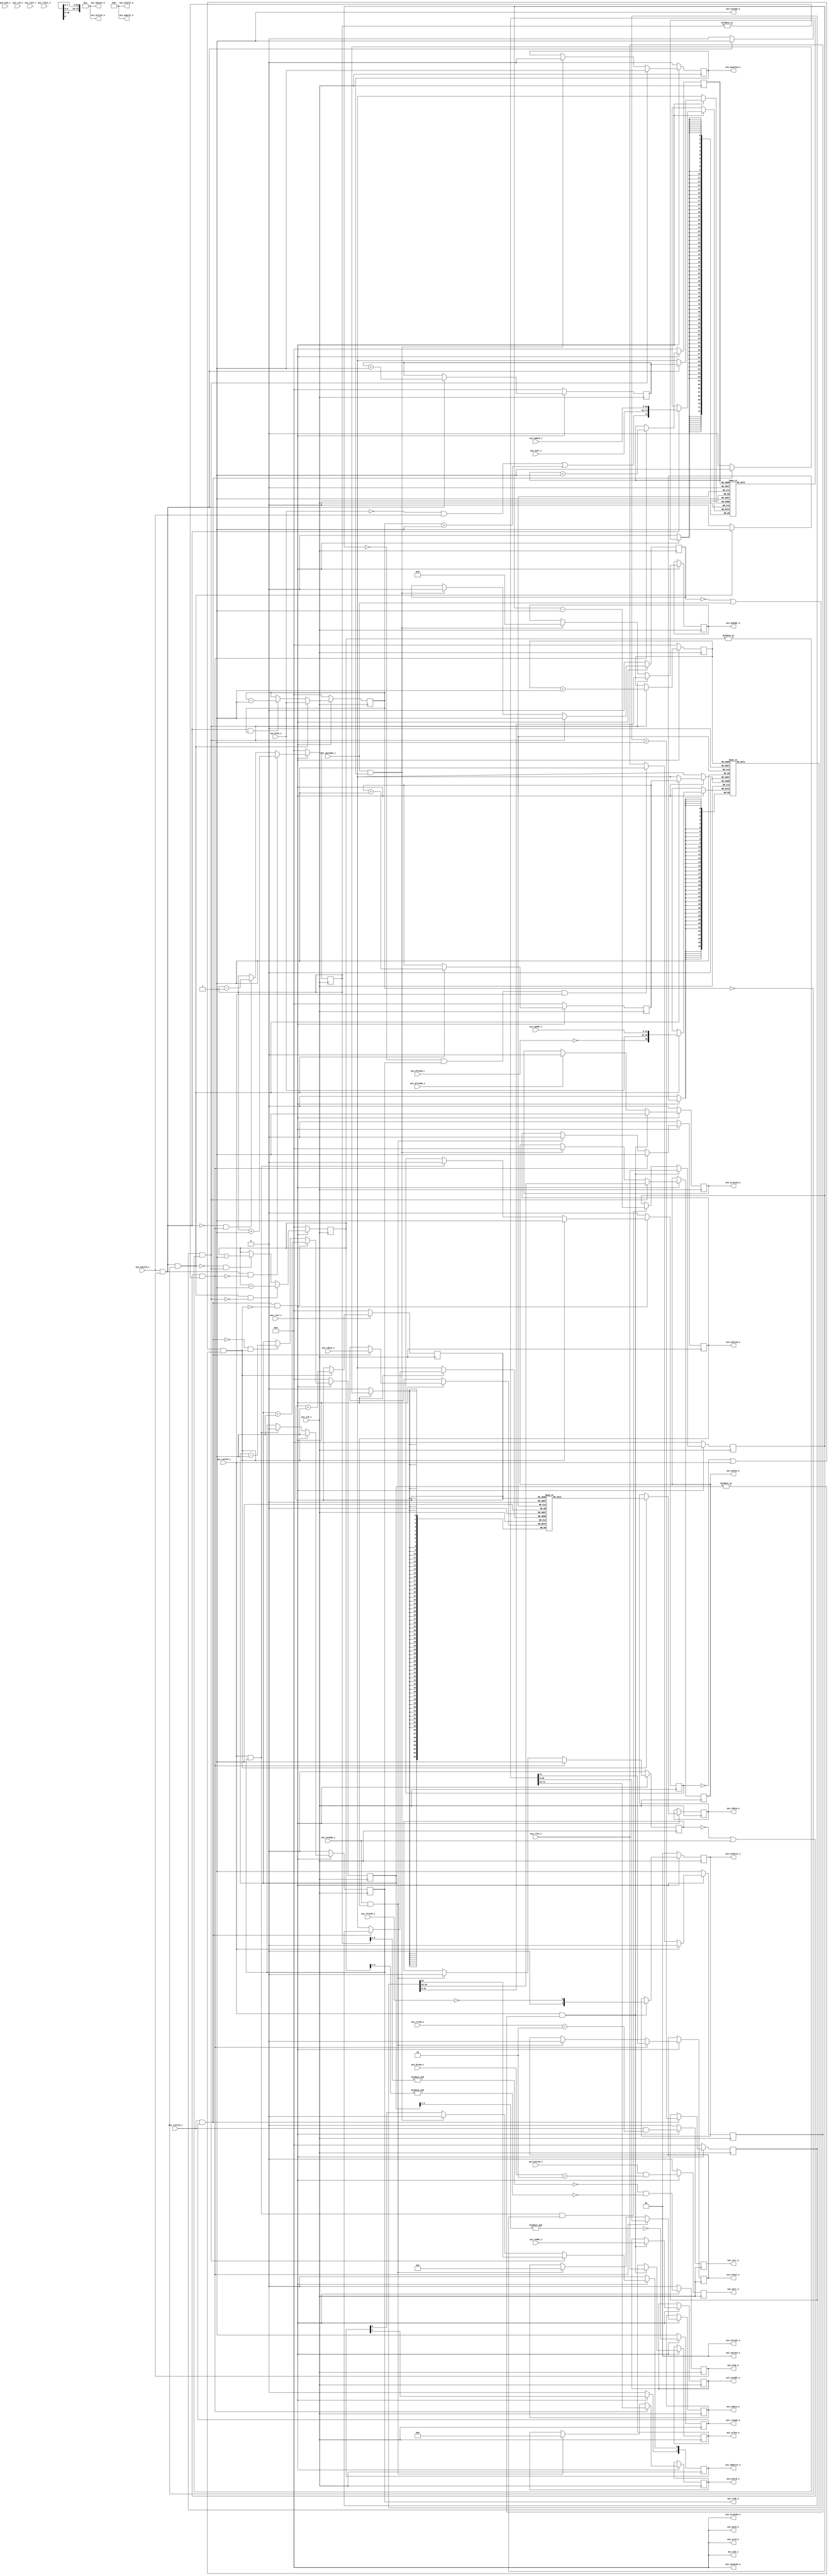
// This program was cloned from: https://github.com/marceluda/rp_lock-in_pid
// License: GNU General Public License v3.0

/*
* Copyright (c) 2015 Instrumentation Technologies
* All Rights Reserved.
*
* $Id: $
*/


// synopsys translate_off
`timescale 1ns / 1ps
// synopsys translate_on

module axi_master #(
  parameter    DW    =  64      , // data width (8,16,...,1024)
  parameter    AW    =  32      , // address width
  parameter    ID    =   0      , // master ID
  parameter    IW    =   4      , // master ID width
  parameter    LW    =   4      , // length width
  parameter    SW    = DW >> 3    // strobe width - 1 bit for every data byte
)
(
   // global signals
   input                   axi_clk_i      , // global clock
   input                   axi_rstn_i     , // global reset

   // axi write address channel
   output     [   IW-1: 0] axi_awid_o     , // write address ID
   output reg [   AW-1: 0] axi_awaddr_o   , // write address
   output reg [    4-1: 0] axi_awlen_o    , // write burst length
   output     [    3-1: 0] axi_awsize_o   , // write burst size
   output reg [    2-1: 0] axi_awburst_o  , // write burst type
   output     [    2-1: 0] axi_awlock_o   , // write lock type
   output     [    4-1: 0] axi_awcache_o  , // write cache type
   output     [    3-1: 0] axi_awprot_o   , // write protection type
   output reg              axi_awvalid_o  , // write address valid
   input                   axi_awready_i  , // write ready

   // axi write data channel
   output     [   IW-1: 0] axi_wid_o      , // write data ID
   output reg [   DW-1: 0] axi_wdata_o    , // write data
   output reg [   SW-1: 0] axi_wstrb_o    , // write strobes
   output reg              axi_wlast_o    , // write last
   output reg              axi_wvalid_o   , // write valid
   input                   axi_wready_i   , // write ready

   // axi write response channel
   input      [   IW-1: 0] axi_bid_i      , // write response ID
   input      [    2-1: 0] axi_bresp_i    , // write response
   input                   axi_bvalid_i   , // write response valid
   output                  axi_bready_o   , // write response ready

   // axi read address channel
   output     [   IW-1: 0] axi_arid_o     , // read address ID
   output reg [   AW-1: 0] axi_araddr_o   , // read address
   output reg [    4-1: 0] axi_arlen_o    , // read burst length
   output     [    3-1: 0] axi_arsize_o   , // read burst size
   output reg [    2-1: 0] axi_arburst_o  , // read burst type
   output     [    2-1: 0] axi_arlock_o   , // read lock type
   output     [    4-1: 0] axi_arcache_o  , // read cache type
   output     [    3-1: 0] axi_arprot_o   , // read protection type
   output reg              axi_arvalid_o  , // read address valid
   input                   axi_arready_i  , // read address ready
    
   // axi read data channel
   input      [   IW-1: 0] axi_rid_i      , // read response ID
   input      [   DW-1: 0] axi_rdata_i    , // read data
   input      [    2-1: 0] axi_rresp_i    , // read response
   input                   axi_rlast_i    , // read last
   input                   axi_rvalid_i   , // read response valid
   output reg              axi_rready_o   , // read response ready
    
   // system write channel
   input      [   AW-1: 0] sys_waddr_i    , // system write address
   input      [   DW-1: 0] sys_wdata_i    , // system write data
   input      [   SW-1: 0] sys_wsel_i     , // system write byte select
   input                   sys_wvalid_i   , // system write data valid
   input      [    4-1: 0] sys_wlen_i     , // system write burst length
   input                   sys_wfixed_i   , // system write burst type (fixed / incremental)
   output reg              sys_werr_o     , // system write error
   output reg              sys_wrdy_o     , // system write ready

   // system read channel
   input      [   AW-1: 0] sys_raddr_i    , // system read address
   input                   sys_rvalid_i   , // system read address valid
   input      [   SW-1: 0] sys_rsel_i     , // system read byte select
   input      [    4-1: 0] sys_rlen_i     , // system read burst length
   input                   sys_rfixed_i   , // system read burst type (fixed / incremental)
   output reg [   DW-1: 0] sys_rdata_o    , // system read data
   output reg              sys_rrdy_o     , // system read data is ready
   output reg              sys_rerr_o       // system read error
);





//---------------------------------------------------------------------------------
//
// Write address channel

assign axi_awid_o    = ID ;
assign axi_awsize_o  = {2'b01,(DW==64)} ; // 4 or 8 byte transfer      ; // write burst size
assign axi_awlock_o  = 2'h0   ; // normal
assign axi_awcache_o = 4'h0   ; // non-cacheable
assign axi_awprot_o  = 3'b010 ; // data, non-secured, unprivileged

reg [    4-1: 0] wr_cnt           ;
reg [    4-1: 0] axi_awwr_pt      ;
reg [    4-1: 0] axi_awrd_pt      ;
reg [    4-1: 0] axi_awfill_lvl   ;
reg [ 5+AW-1: 0] axi_awfifo[15:0] ;  //synthesis attribute ram_style of axi_awfifo is "distributed";
reg              awdata_in_reg    ;

wire axi_wlast ;
wire axi_wpush ;

wire axi_awpop  = (!awdata_in_reg || axi_awready_i) && |axi_awfill_lvl ;
wire axi_awpush = sys_wvalid_i && sys_wrdy_o && !wr_cnt ;

always @ (posedge axi_clk_i)
begin
   if (!axi_rstn_i) begin
      axi_awwr_pt <= 4'h0 ;
   end
   else if (axi_awpush) begin
      axi_awfifo[axi_awwr_pt] <= {!sys_wfixed_i,sys_wlen_i,sys_waddr_i} ;
      axi_awwr_pt             <= axi_awwr_pt + 4'h1                     ;
   end
end

always @ (posedge axi_clk_i)
begin
   if (!axi_rstn_i) begin
      axi_awrd_pt   <= 'h0 ;
      axi_awburst_o <= 'h0 ;
   end
   else begin
      if (axi_awpop) begin
         {axi_awburst_o[0],axi_awlen_o,axi_awaddr_o} <= axi_awfifo[axi_awrd_pt] ;
         axi_awrd_pt                                 <= axi_awrd_pt + 4'h1      ;
      end
      else if (axi_awready_i && axi_awvalid_o) begin
         {axi_awburst_o[0],axi_awlen_o,axi_awaddr_o} <= {1 + 4 + AW{1'h0}} ;
      end
   end
end

always @(posedge axi_clk_i)
begin
    if (!axi_rstn_i) begin
       axi_awvalid_o  <= 1'b0 ;
       axi_awfill_lvl <= 4'h0 ;
       awdata_in_reg  <= 1'b0 ;
    end
    else begin
      if (axi_awpop)
         axi_awvalid_o <= 1'b1 ;
      else if (axi_awready_i && axi_awvalid_o)
         axi_awvalid_o <= 1'b0 ;

      if (axi_awpush && !axi_awpop)
         axi_awfill_lvl <= axi_awfill_lvl + 4'h1 ;
      else if (!axi_awpush && axi_awpop)
         axi_awfill_lvl <= axi_awfill_lvl - 4'h1 ;

      if (axi_awpop)
         awdata_in_reg <= 1'b1 ;
      else if (axi_awready_i && axi_awvalid_o)
         awdata_in_reg <= 1'b0 ;

    end
end





//---------------------------------------------------------------------------------
//
// Write data channel

assign axi_wid_o  = ID ;

reg [    4-1: 0] axi_wwr_pt      ;
reg [    4-1: 0] axi_wrd_pt      ;
reg [    4-1: 0] axi_wfill_lvl   ;
reg [SW + DW: 0] axi_wfifo[15:0] ;  //synthesis attribute ram_style of axi_wfifo is "distributed";
                                    // stores last data, data select and data signals
reg              wdata_in_reg    ;

wire axi_wpop = (!wdata_in_reg || axi_wready_i) && |axi_wfill_lvl  ;

assign axi_wpush = sys_wvalid_i && sys_wrdy_o                          ;
assign axi_wlast = ((!sys_wlen_i && sys_wvalid_i) || (wr_cnt == 4'h1)) ;

always @ (posedge axi_clk_i)
begin
   if (!axi_rstn_i) begin
      axi_wwr_pt <= 4'h0 ;
      axi_wrd_pt <= 4'h0 ;
   end
   else begin
      if (axi_wpush) begin
         axi_wfifo[axi_wwr_pt] <= {axi_wlast,sys_wsel_i,sys_wdata_i} ;
         axi_wwr_pt            <= axi_wwr_pt + 4'h1                  ;
      end

      if (axi_wpop) begin
         {axi_wlast_o,axi_wstrb_o,axi_wdata_o} <= axi_wfifo[axi_wrd_pt] ;
         axi_wrd_pt                            <= axi_wrd_pt + 4'h1     ;
      end
      else if (axi_wready_i && axi_wvalid_o) begin
          {axi_wlast_o,axi_wstrb_o,axi_wdata_o} <= {1 + SW + DW{1'h0}} ;
      end

   end
end


always @(posedge axi_clk_i)
begin
   if (!axi_rstn_i) begin
      axi_wvalid_o  <= 1'b0 ;
      sys_wrdy_o    <= 1'b0 ;
      axi_wfill_lvl <= 4'h0 ;
   end
   else begin
      if (axi_wpop)
         axi_wvalid_o <= 1'b1 ;
      else if (axi_wready_i && axi_wvalid_o)
         axi_wvalid_o <= 1'b0 ;

      if (axi_wpush && !axi_wpop)
         axi_wfill_lvl <= axi_wfill_lvl + 4'h1 ;
      else if (!axi_wpush && axi_wpop)
         axi_wfill_lvl <= axi_wfill_lvl - 4'h1 ;

      // stop pushing, when either data or address FIFO is almost full
      sys_wrdy_o <= ~&axi_wfill_lvl[3:1] && ~&axi_awfill_lvl[3:1]; 
   end
end

always @(posedge axi_clk_i)
begin
   if (!axi_rstn_i) begin
      wdata_in_reg <= 'h0 ;
      wr_cnt       <= 'h0 ;
   end
   else begin
      if (axi_wpop)
         wdata_in_reg <= 1'b1 ;
      else if (axi_wready_i && axi_wvalid_o)
         wdata_in_reg <= 1'b0 ;

      if (sys_wvalid_i && sys_wrdy_o && !wr_cnt)
         wr_cnt <= sys_wlen_i ;
      else if (axi_wpush && wr_cnt)
         wr_cnt <= wr_cnt - 4'h1 ;

   end
end







//---------------------------------------------------------------------------------
//
// Write response channel

assign axi_bready_o = 'h1 ;

always @(posedge axi_clk_i)
begin
   if (!axi_rstn_i)
      sys_werr_o <= 1'b0 ;
   else
      sys_werr_o <= axi_bvalid_i && (axi_bresp_i == 2'h2) ;
end





//---------------------------------------------------------------------------------
//
// Read address channel

assign axi_arid_o    = ID ;
assign axi_arsize_o  = {2'b01,(DW==64)} ; // 4 or 8 byte transfer 
assign axi_arlock_o  = 2'h0   ; // normal
assign axi_arcache_o = 4'h0   ; // non-cacheable
assign axi_arprot_o  = 3'b010 ; // data, non-secured, unprivileged

reg [4-1: 0] rd_cnt  ; // counts data received by system port
reg          nxt_burst_rdy;

// system bus provides next address only
// after the current read burst has finished
always @(posedge axi_clk_i)
begin
   if (!axi_rstn_i) begin
      nxt_burst_rdy <= 1'b1 ;
      rd_cnt        <= 4'h0 ;
   end
   else begin
      if (sys_rvalid_i)
         nxt_burst_rdy <= 1'b0 ;
      else if (!rd_cnt && sys_rrdy_o && sys_rvalid_i)
         nxt_burst_rdy <= 1'b1 ;

      if (sys_rvalid_i && nxt_burst_rdy)
         rd_cnt <= sys_rlen_i ;
      else if (sys_rvalid_i && sys_rrdy_o && rd_cnt)
         rd_cnt <= rd_cnt - 4'h1 ;
   end
end


always @(posedge axi_clk_i)
begin
   if (!axi_rstn_i) begin
      axi_arvalid_o  <= 'h0 ;
      axi_arburst_o  <= 'h0 ;
   end
   else begin
      if (sys_rvalid_i && nxt_burst_rdy) begin
         axi_arvalid_o  <= 'h1           ;
         axi_arlen_o    <= sys_rlen_i    ;
         axi_araddr_o   <= sys_raddr_i   ;
         axi_arburst_o  <= !sys_rfixed_i ;
      end
      else if (axi_arready_i) begin
         axi_arvalid_o  <= 'h0 ;
      end
   end
end





//---------------------------------------------------------------------------------
//
// Read data channel

reg [ 4-1: 0] axi_rwr_pt      ,
              axi_rrd_pt      ;
reg [ 4-1: 0] axi_rfill_lvl   ;
reg [DW-1: 0] axi_rfifo[15:0] ;  //synthesis attribute ram_style of axi_rfifo is "distributed";
reg           rdata_in_reg    ;

wire axi_rpush = axi_rvalid_i && axi_rready_o ;
wire axi_rpop  = (!rdata_in_reg || sys_rvalid_i) && |axi_rfill_lvl ;

always @(posedge axi_clk_i)
begin
   if (!axi_rstn_i) begin
      axi_rwr_pt <= 4'h0 ;
      axi_rrd_pt <= 4'h0 ;
   end
   else begin
      if (axi_rpush) begin
         axi_rfifo[axi_rwr_pt] <= axi_rdata_i         ;
         axi_rwr_pt            <= axi_rwr_pt + 4'h1   ;
      end
      if (axi_rpop) begin
         sys_rdata_o <= axi_rfifo[axi_rrd_pt]  ;
         axi_rrd_pt <= axi_rrd_pt + 4'h1       ;
      end
   end
end


always @(posedge axi_clk_i)
begin
   if (!axi_rstn_i) begin
      sys_rrdy_o <= 1'b0 ;
      sys_rerr_o <= 1'b0 ;
   end
   else begin
      if (axi_rpop)
         sys_rrdy_o <= 1'b1 ;
      else if (sys_rrdy_o && sys_rvalid_i)
         sys_rrdy_o <= 1'b0 ;

      sys_rerr_o <= axi_rvalid_i && (axi_rresp_i == 2'h2) ;
   end
end


always @(posedge axi_clk_i)
begin
   if (!axi_rstn_i) begin
      axi_rfill_lvl <= 4'h0 ;
      axi_rready_o  <= 1'h1 ;
   end
   else begin
      if (axi_rpush && !axi_rpop)
         axi_rfill_lvl <= axi_rfill_lvl + 4'h1 ;
      else if (!axi_rpush && axi_rpop)
         axi_rfill_lvl <= axi_rfill_lvl - 4'h1 ;

      axi_rready_o <= ~&axi_rfill_lvl[3:1] ;
   end
end


always @(posedge axi_clk_i)
begin
   if (!axi_rstn_i) begin
      rdata_in_reg <= 'h0 ;
   end
   else begin
      if (axi_rpop) begin
         rdata_in_reg <= 1'b1 ;
      end
      else if (sys_rrdy_o && sys_rvalid_i) begin
         rdata_in_reg <= 1'b0 ;
      end
   end
end










endmodule // amba_axi_master